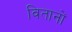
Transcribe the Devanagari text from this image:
वितानों